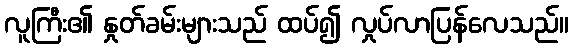
လူကြီး၏ နှုတ်ခမ်းများသည် ထပ်၍ လှုပ်လာပြန်လေသည်။